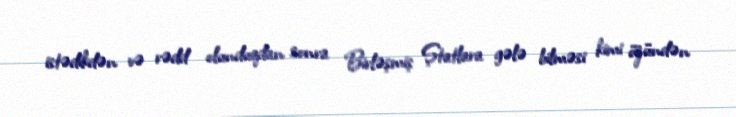
istədikdən və rədd olunduqdan sonra Birləşmiş Ştatlara gələ bilməsi kimi özündən